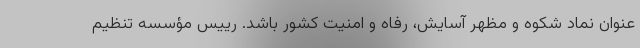
عنوان نماد شکوه و مظهر آسایش، رفاه و امنیت کشور باشد. رییس مؤسسه تنظیم